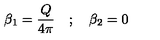
\beta _ { 1 } = \frac { Q } { 4 \pi } \quad ; \quad \beta _ { 2 } = 0